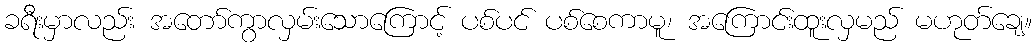
ခရီးမှာလည်း အတော်ကွာလှမ်းသောကြောင့် ပစ်ပင် ပစ်စေကာမူ၊ အကြောင်းထူးလှမည် မဟုတ်ချေ။